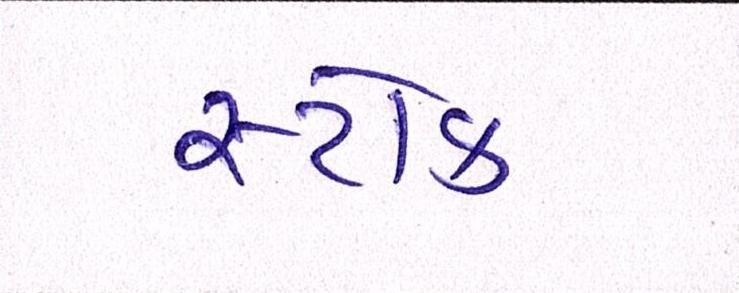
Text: સ્ટોક